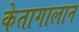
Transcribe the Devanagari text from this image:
केतागालान